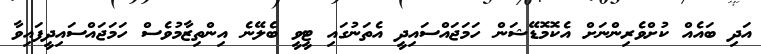
އަދި ބައެއް ކުށްވެރިންނަށް އެކޮމޮޑޭޝަން ހަމަޖައްސައިދީ އެތަނުގައި ޓީވީ ބެލޭނެ އިންތިޒާމުވެސް ހަމަޖައްސައިދީފައިވާ